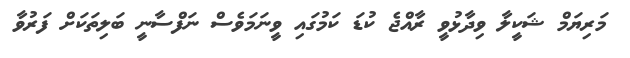
މަރިޔަމް ޝަކީލާ ވިދާޅުވީ ރާއްޖެ ކުޑަ ކަމުގައި ވީނަމަވެސް ނަފްސާނީ ބަލިތަކަށް ފަރުވާ